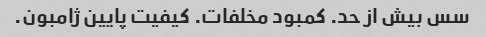
سس بیش از حد. کمبود مخلفات. کیفیت پایین ژامبون.